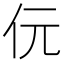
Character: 㐾